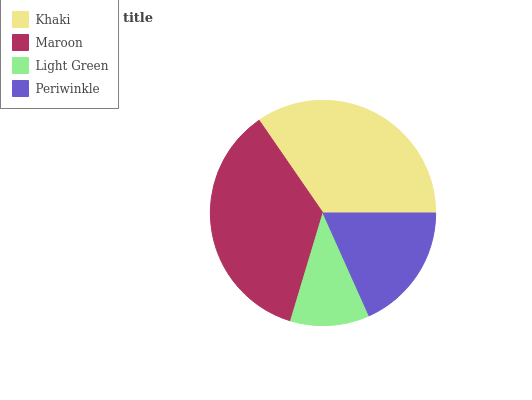
| Khaki | Maroon | Light Green | Periwinkle |
 | --- | --- | --- | --- |
 | 34.5% | 35.8% | 11.3% | 18.3% |